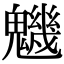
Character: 魕